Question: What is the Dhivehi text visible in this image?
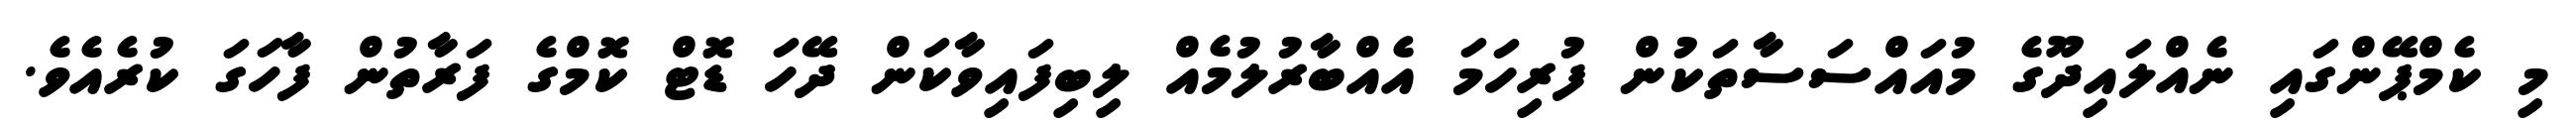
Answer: މި ކެމްޕޭންގައި ނެއްލައިދޫގެ މުއައްސަސާތަކުން ފުރިހަމަ އެއްބާރުލުމެއް ލިބިފައިވާކަން ދޭހަ ޑޮޓް ކޮމްގެ ފަރާތުން ފާހަގަ ކުރެއެވެ.